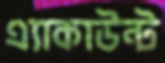
এ্যাকাউন্ট